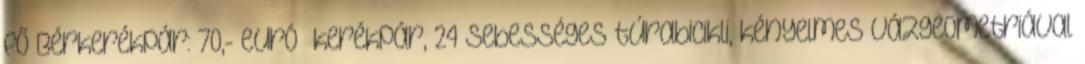
fő Bérkerékpár: 70,- euró kerékpár, 24 sebességes túrabicikli, kényelmes vázgeometriával